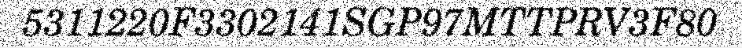
5311220F3302141SGP97MTTPRV3F80